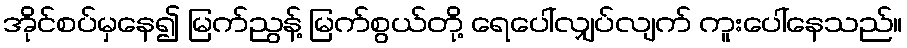
အိုင်စပ်မှနေ၍ မြက်ညွန့် မြက်စွယ်တို့ ရေပေါ်လျှပ်လျက် ကူးပေါ်နေသည်။